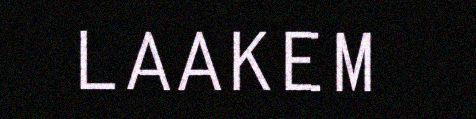
LAAKEM